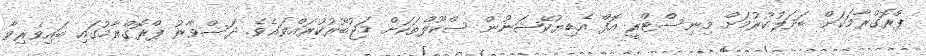
ޕްރޮގްރާމަކަށް ބަދަލުކުރުމަށް މިނިސްޓްރީ އޮފް އެޑިޔުކޭޝަނުން ސްކޫލްތަކަށް މަޖުބޫރުކުރައްވައެވެ. ދަސްވާރު ޕްރޮގްރާމުގައި ބައިވެރިވާ